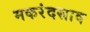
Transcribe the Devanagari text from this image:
मकरंदस्राव